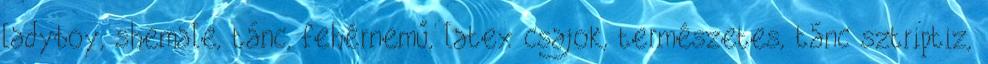
ladyboy, shemale, tánc, fehérnemű, latex csajok, természetes, tánc sztriptiz,